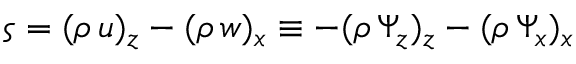
\varsigma = ( \rho \, u ) _ { z } - ( \rho \, w ) _ { x } \equiv - ( \rho \, \Psi _ { z } ) _ { z } - ( \rho \, \Psi _ { x } ) _ { x }